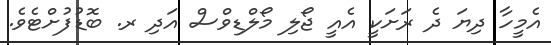
އެމީހާ ދިޔަ ދެ ރަށަކީ އެއީ ޖޯލި މޯލްޑިވްސް އަދި ރ. ބޮޑުފުށްޓެވެ.